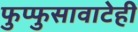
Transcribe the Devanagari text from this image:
फुप्फुसावाटेही